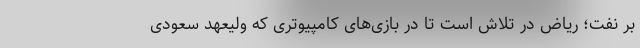
بر نفت؛ ریاض در تلاش است تا در بازی‌های کامپیوتری که ولیعهد سعودی